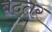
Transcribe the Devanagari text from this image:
बद्तर